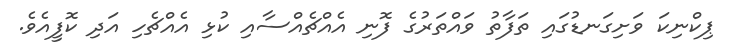
ޕިކްނިކަ ވަށިގަނޑުގައި ތަފާތު ވައްތަރުގެ ފޮނި އެއްޗެއްސާއި ކުޅި އެއްޗެހި އަދި ކޮފީއެވެ.